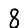
Digit: 8